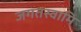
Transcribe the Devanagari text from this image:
जगतस्‍वामि